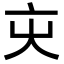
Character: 㐪